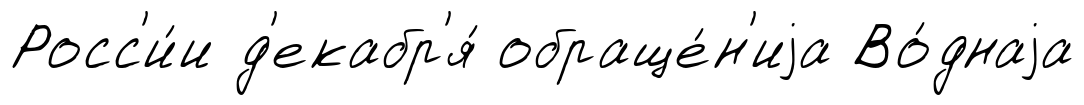
Росс'и́и д'екабр'я́ обраще́н'иjа Во́днаjа